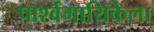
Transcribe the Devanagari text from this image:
पार्श्वगायिकेला